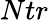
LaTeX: Ntr